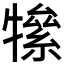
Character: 𤛡